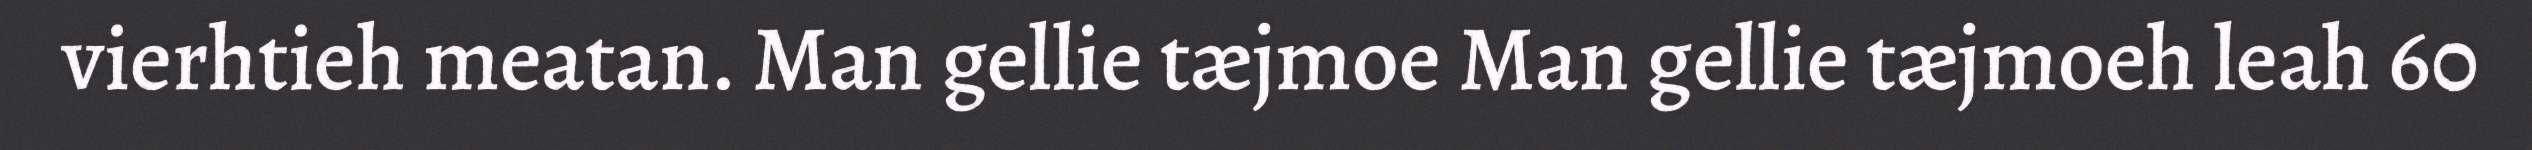
vierhtieh meatan. Man gellie tæjmoe Man gellie tæjmoeh leah 60